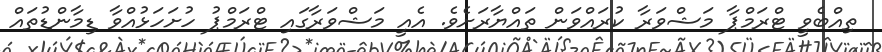
ތިއްބެވީ ޓްރަމްޕާ މަޝްވަރާ ކުރައްވަން ތައްޔާރަށެވެ. އެއީ މަޝްވަރާގައި ޓްރަމްޕު ހުށަހަޅުއްވާ ޑިމާންޑުތައް